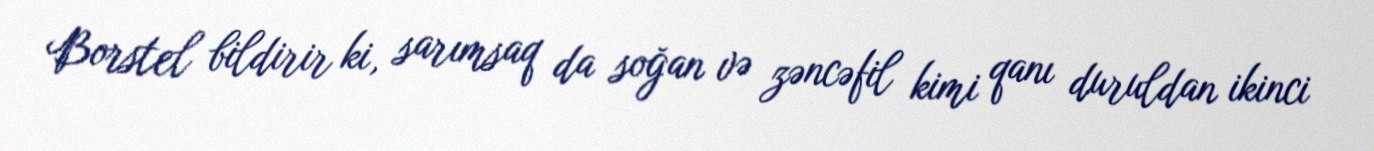
Borstel bildirir ki, sarımsaq da soğan və zəncəfil kimi qanı duruldan ikinci